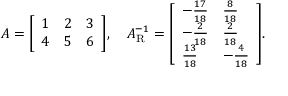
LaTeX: A = { \left[ \begin{array} { l l l } { 1 } & { 2 } & { 3 } \\ { 4 } & { 5 } & { 6 } \end{array} \right] } , \quad A _ { \mathrm { R } } ^ { - 1 } = { \left[ \begin{array} { l l } { - { \frac { 1 7 } { 1 8 } } } & { { \frac { 8 } { 1 8 } } } \\ { - { \frac { 2 } { 1 8 } } } & { { \frac { 2 } { 1 8 } } } \\ { { \frac { 1 3 } { 1 8 } } } & { - { \frac { 4 } { 1 8 } } } \end{array} \right] } .